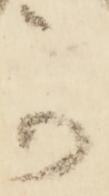
可